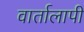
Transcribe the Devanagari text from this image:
वार्तालापी